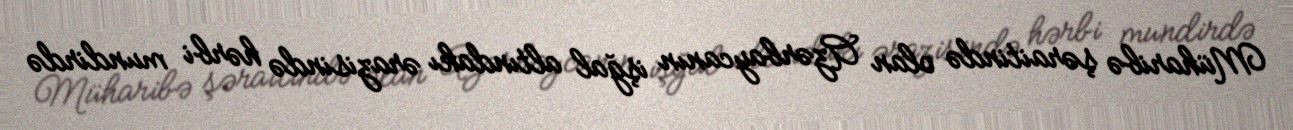
Müharibə şəraitində olan Azərbaycanın işğal altındakı ərazisində hərbi mundirdə